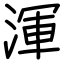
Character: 渾